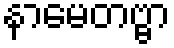
နာမေတဗ္ဗာ